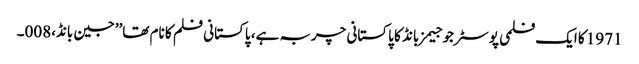
1971 کا ایک فلمی پوسٹر جو جیمز بانڈ کا پاکستانی چربہ ہے، پاکستانی فلم کا نام تھا’’جین بانڈ،008۔